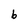
Character: 6